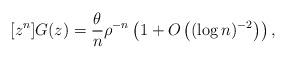
LaTeX: \begin{align*}[z^n]G(z) = \frac{\theta}{n}\rho^{-n}\left(1 + O\left((\log n)^{-2}\right)\right),\end{align*}